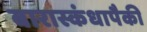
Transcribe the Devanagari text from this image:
बारास्कंधापैकी